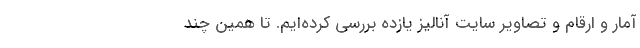
آمار و ارقام و تصاویر سایت آنالیز یازده بررسی کرده‌ایم. تا همین چند